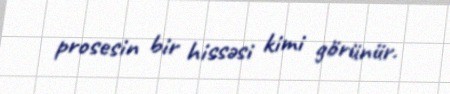
prosesin bir hissəsi kimi görünür.